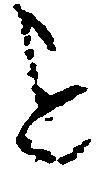
を